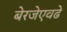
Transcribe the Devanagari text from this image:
बेरजेएवढे